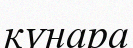
күнара